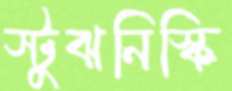
স্টুঝনিস্কি